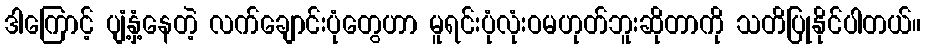
ဒါကြောင့် ပျံ့နှံ့နေတဲ့ လက်ချောင်းပုံတွေဟာ မူရင်းပုံလုံးဝမဟုတ်ဘူးဆိုတာကို သတိပြုနိုင်ပါတယ်။